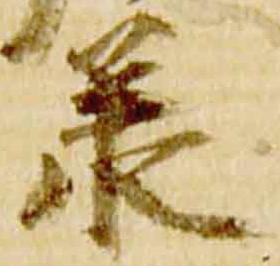
承